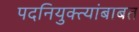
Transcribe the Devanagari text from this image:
पदनियुक्त्यांबाबत